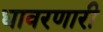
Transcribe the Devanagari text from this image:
धावरणारी